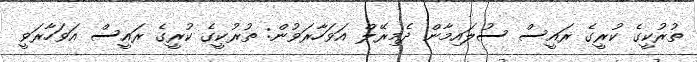
ތުރުކީގެ ކުރީގެ ރައީސް ސުލައިމާން ދެމިރޭލް އަވަހާރަވުން: ތުރުކީގެ ކުރީގެ ރައީސް އަވަހާރަވީ